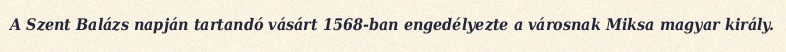
A Szent Balázs napján tartandó vásárt 1568-ban engedélyezte a városnak Miksa magyar király.